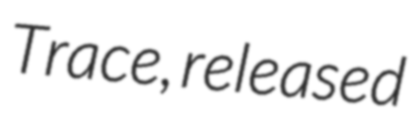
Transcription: Trace, released